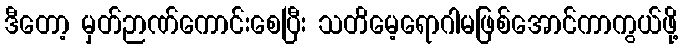
ဒီတော့ မှတ်ဉာဏ်ကောင်းစေပြီး သတိမေ့ရောဂါမဖြစ်အောင်ကာကွယ်ဖို့